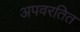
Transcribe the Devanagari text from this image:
अपवरतित